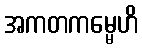
အကတကမ္မေဟိ